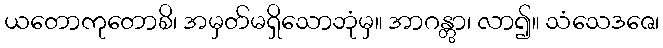
ယတောကုတောစိ၊ အမှတ်မရှိသောဘုံမှ။ အာဂန္တွာ၊ လာ၍။ သံသေဒဇေ၊